NAE_EAA_P-1039_Kommunismi_Majak_kalurikolhoos, lk 21
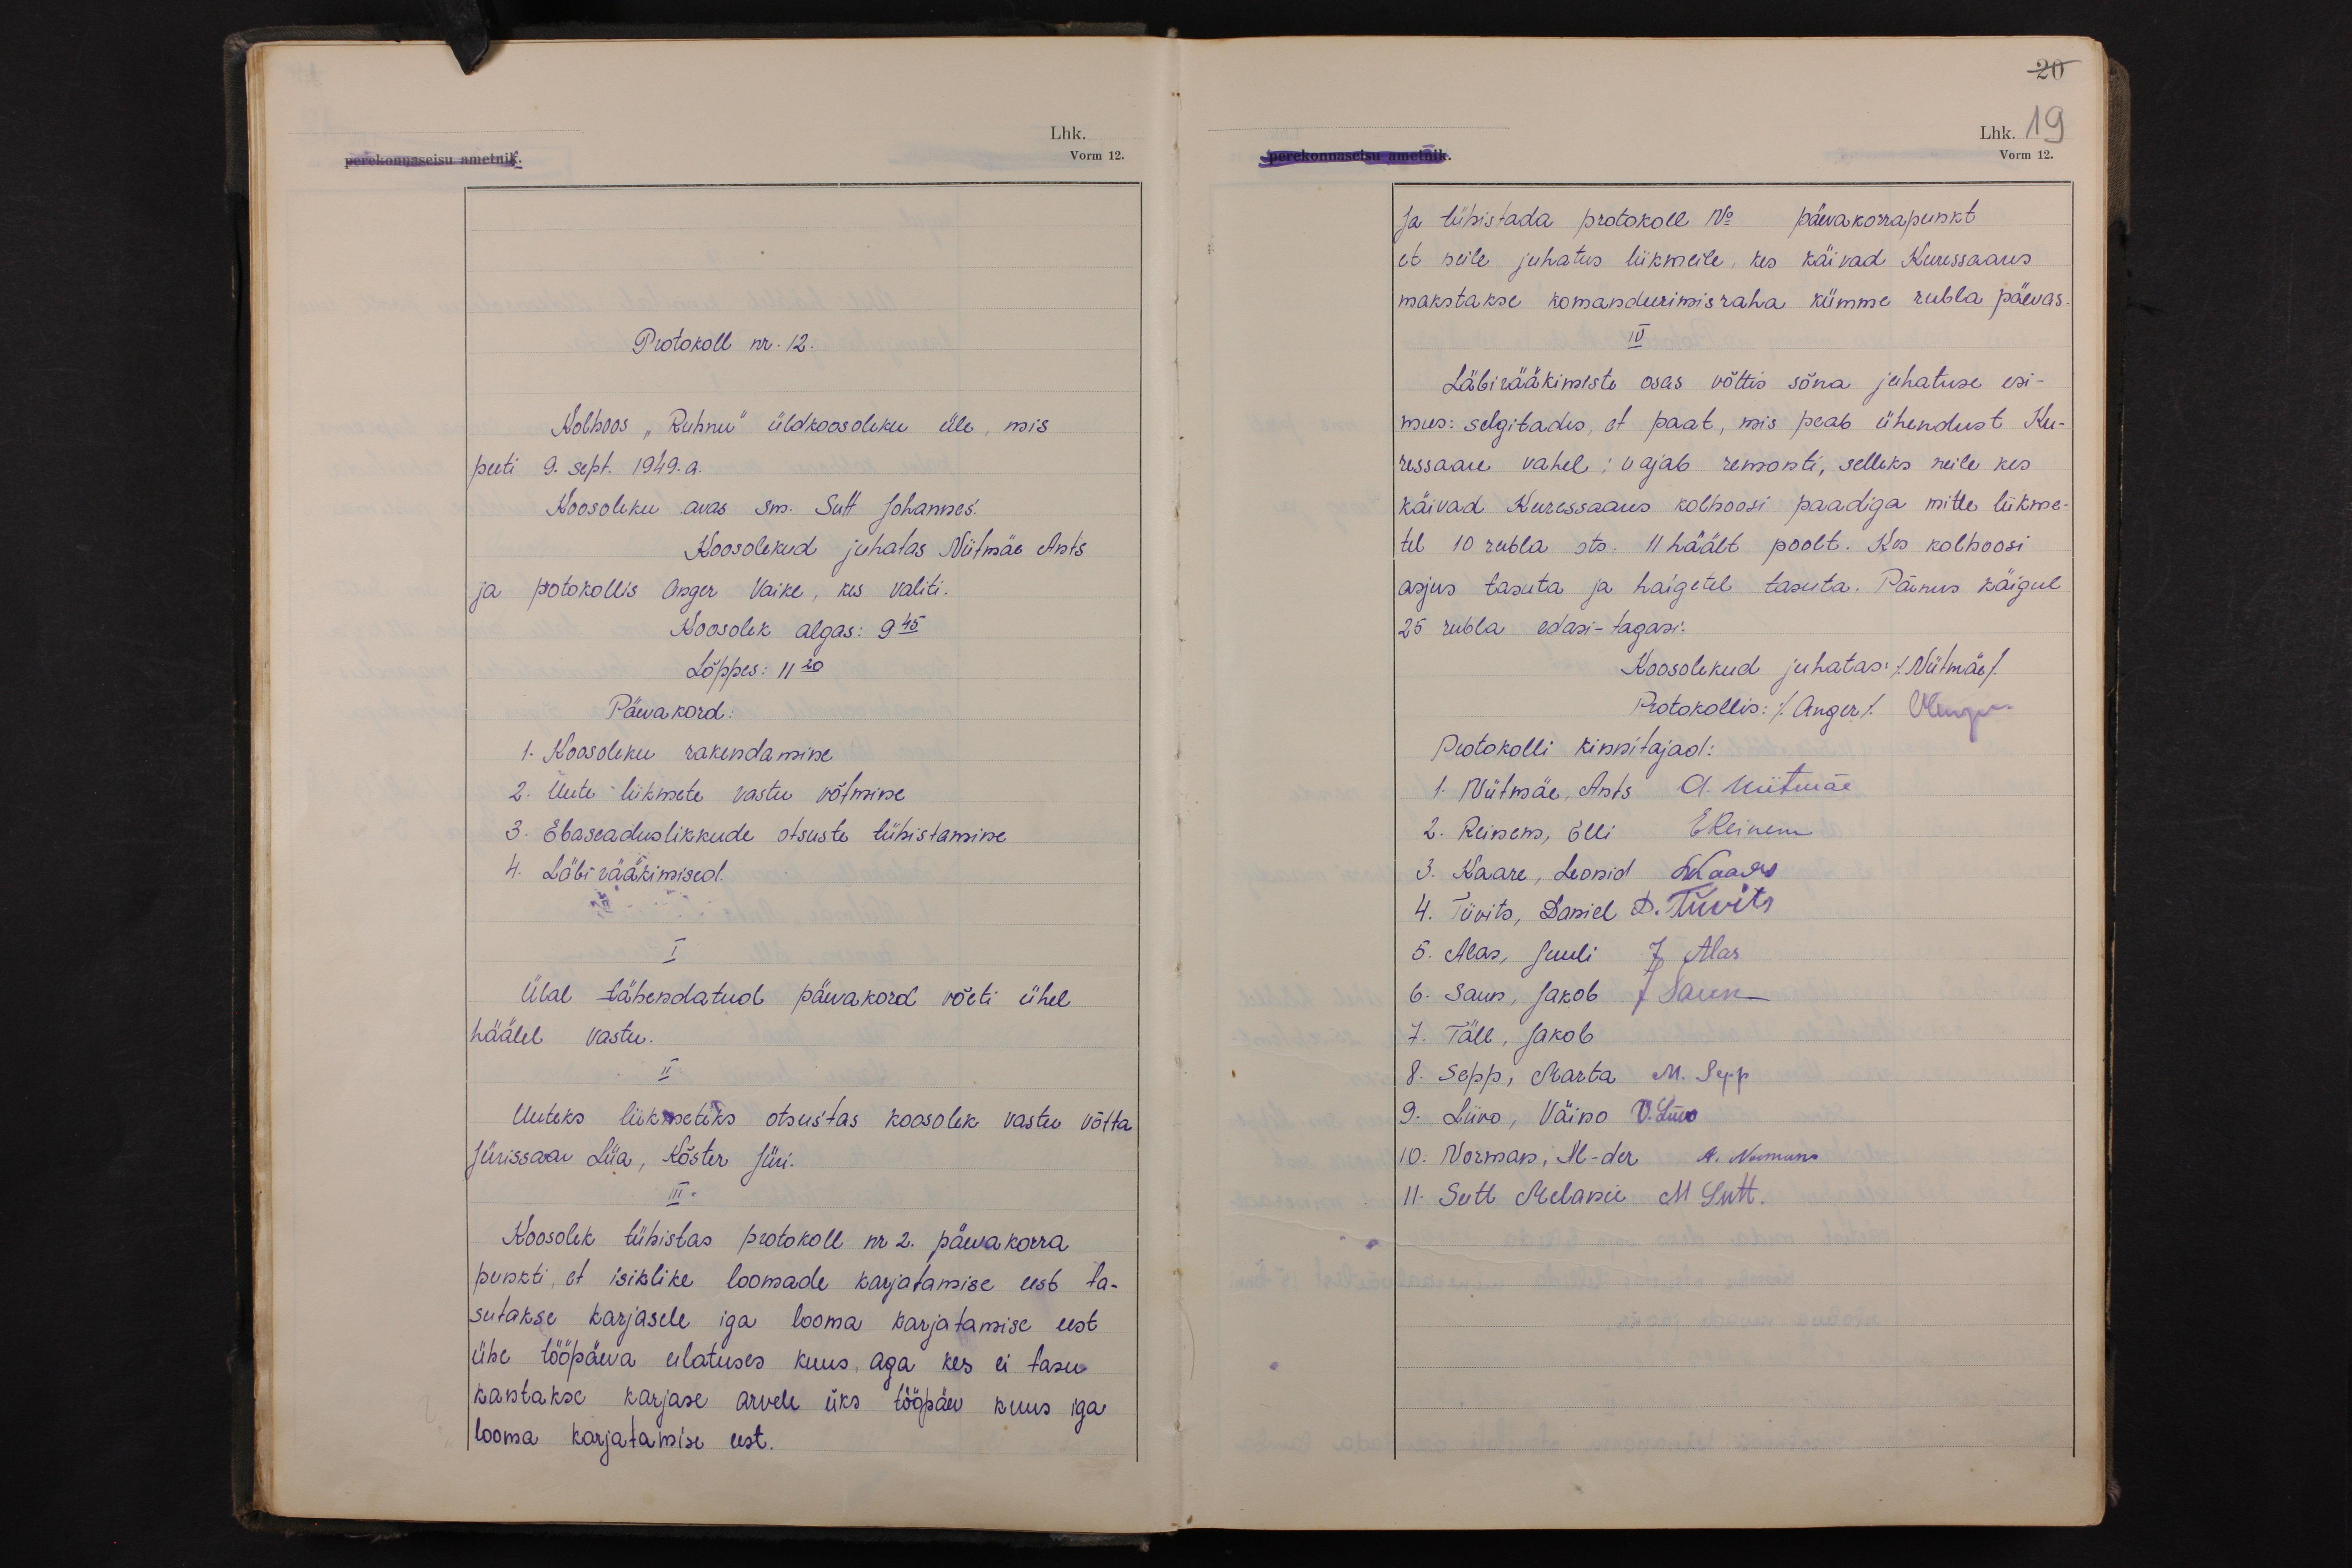
20
Lhk. 19
Vorm 12.

Protokoll nr. 12.
Kolhoos "Ruhnu" üldkoosoleku üle, mis
peeti 9. sept. 1949.a.
Koosoleku avas sm. Sutt Johannes.
Koosolekud juhatas Niitmäe Ants
ja protokollis Anger Vaike, kes valiti.
Koosolek algas: 9 45
Lõppes: 11 20
Päevakord:
1. Koosoleku rakendamine
2. Uute liikmete vastu võtmine
3. Ebaseaduslikkude otsuste tühistamine
4. Läbirääkimised.
I
Ülal tähendatud päevakord võeti ühel
häälel vastu.
II
Uuteks liikmeteks otsustas koosolek vastu võtta
Jürissaar Liia, Köster Jüri.
III
Koosolek tühistas protokoll nr 2. päevakorra
punkti, et isiklike loomade karjatamise eest ta-
sutakse karjasele iga looma karjatamise eest
ühe tööpäeva ulatuses kuus, aga kes ei tasu
kantakse karjase arvele üks tööpäev kuus iga
looma karjatamise eest.

Ja tühistada protokoll No päevakorrapunkt
et neile juhatus liikmeile, kes käivad Kuressaares
makstakse komandeerimisraha kümme rubla päevas.
IV
Läbirääkimiste osas võttis sõna juhatuse esi-
mees: selgitades, et paat, mis peab ühendust Ku-
ressaare vahel: vajab remonti, selleks neile kes
käivad Kuressaares kolhoosi paadiga mitte liikme-
tel 10 rubla ots. 11 häält poolt. Kes kolhoosi
asjus tasuta ja haigetel tasuda. Pärnus käigul
25 rubla edasi-tagasi.
Koosolekud juhatas (Niitmäe)
Protokollis: (Anger) VAnger
Protokolli kinnitajad:
1. Niitmäe, Ants A. Niitmäe
2. Reinem, Elli EReinem
3. Kaare, Leonid LKaare
4. Tiivits, Daniel D. Tiivits
5. Alas, Juuli J Alas
6. Saun, Jakob J Saun
7. Täll, Jakob
8. Sepp, Marta M. Sepp
9. Liivo, Väino V. Liivo
10. Norman, Al-der A. Norman
11. Sutt Melanie. M. Sutt.